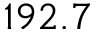
1 9 2 . 7